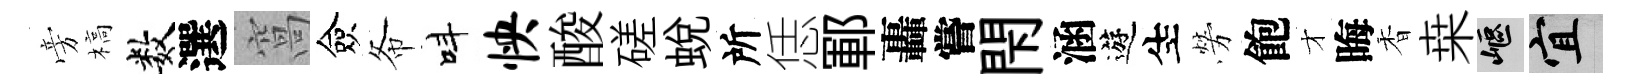
旁槁数選窩僉𢁙呌怏酸磋蜕所恁鄆轟嘗閇涵遊生勞飽才晦香桒嶇宜